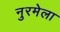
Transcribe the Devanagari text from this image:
नुरमेला